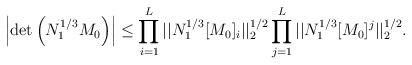
LaTeX: \begin{align*}\left|\det \left(N_1^{1/3}M_0\right)\right|\le\prod\limits_{i=1}^L||N_1^{1/3}[M_0]_i||_2^{1/2}\prod\limits_{j=1}^L||N_1^{1/3}[M_0]^j||_2^{1/2}.\end{align*}